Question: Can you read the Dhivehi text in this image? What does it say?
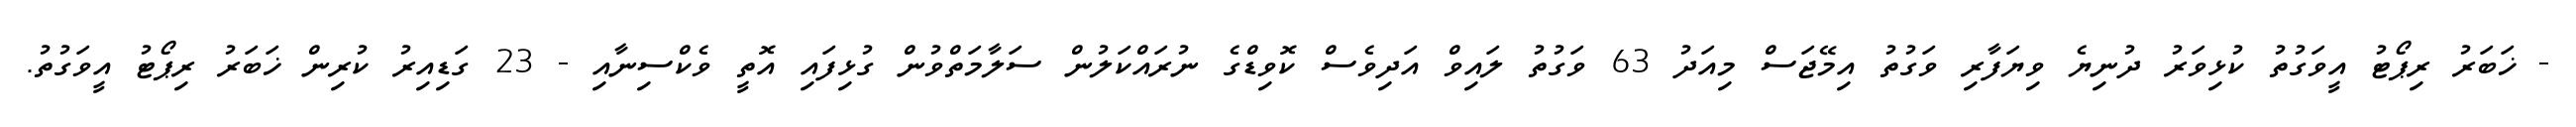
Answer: - ޚަބަރު ރިޕޯޓު އީވަގުތު ކުޅިވަރު ދުނިޔެ ވިޔަފާރި ވަގުތު އިމޭޖަސް މިއަދު 63 ވަގުތު ލައިވް އަދިވެސް ކޮވިޑްގެ ނުރައްކަލުން ސަލާމަތްވުން ގުޅިފައި އޮތީ ވެކްސިނާއި - 23 ގަޑިއިރު ކުރިން ޚަބަރު ރިޕޯޓު އީވަގުތު.